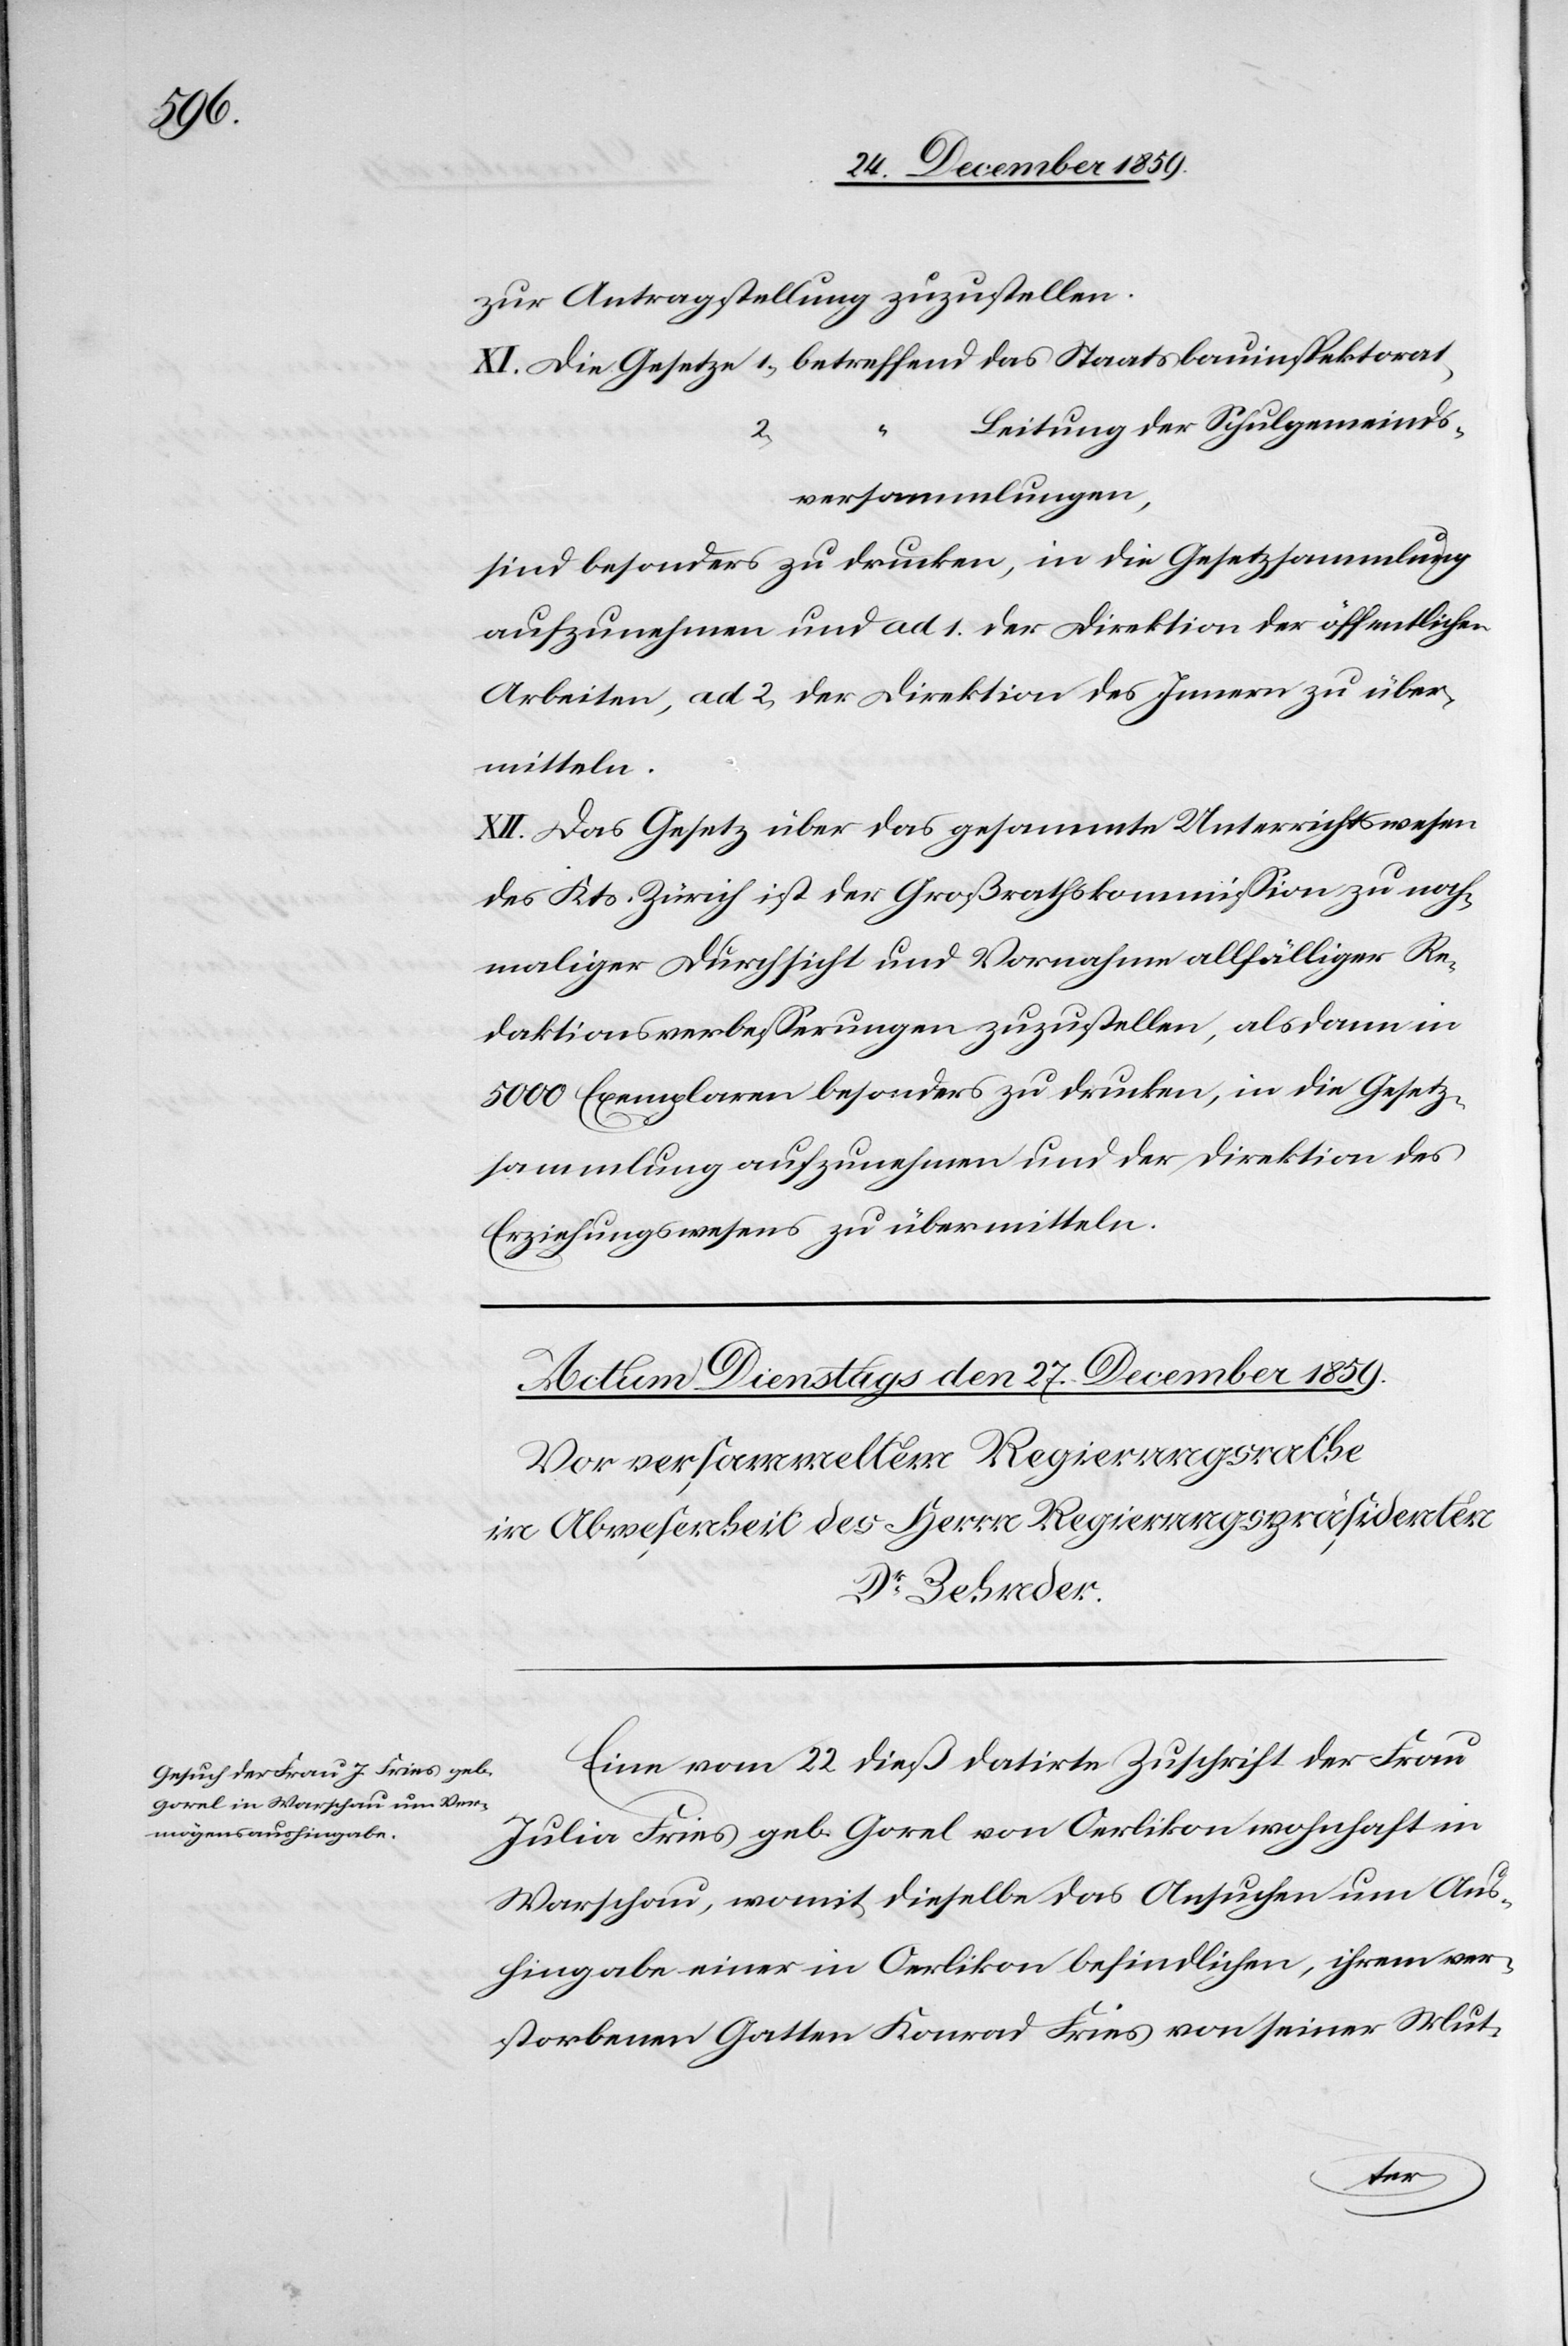
zur Antragstellung zuzustellen.
Leitung der Schulgemeinds¬
2)
versammlungen,
sind besonders zu drucken, in die Gesetzsammlung
aufzunehmen und ad 1. der Direktion der öffentlichen
Arbeiten, ad 2. der Direktion des Innern zu über¬
mitteln.
XII. Das Gesetz über das gesammte Unterrichtswesen
des Kts. Zürich ist der Großrathskommission zu noch¬
maliger Durchsicht und Vornahme allfälliger Re¬
daktionsverbesserungen zuzustellen, als dann in
5000 Exemplaren besonders zu drucken, in die Gesetz¬
sammlung aufzunehmen und der Direktion des
Erziehungswesens zu übermitteln.
Eine vom 22 dieß datirte Zuschrift der Frau
Julia Fries geb. Gorel von Oerlikon wohnhaft in
Warschau, womit dieselbe das Ansuchen um Aus¬
hingabe einer in Oerlikon befindlichen, ihrem ver¬
storbenen Gatten Konrad Fries von seiner Mut-